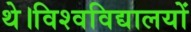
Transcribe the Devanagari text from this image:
थे।विश्वविद्यालयों